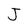
Character: J